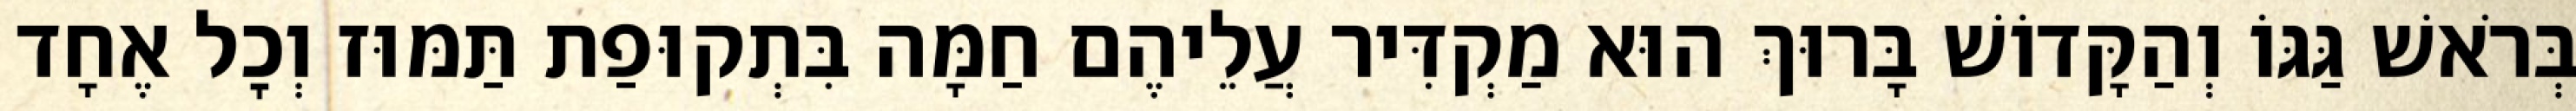
בְּרֹאשׁ גַּגּוֹ וְהַקָּדוֹשׁ בָּרוּךְ הוּא מַקְדִּיר עֲלֵיהֶם חַמָּה בִּתְקוּפַת תַּמּוּז וְכׇל אֶחָד